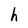
Character: h